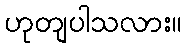
ဟုတျပါသလား။